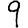
Digit: 9